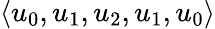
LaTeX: \langle u_{0},u_{1},u_{2},u_{1},u_{0}\rangle